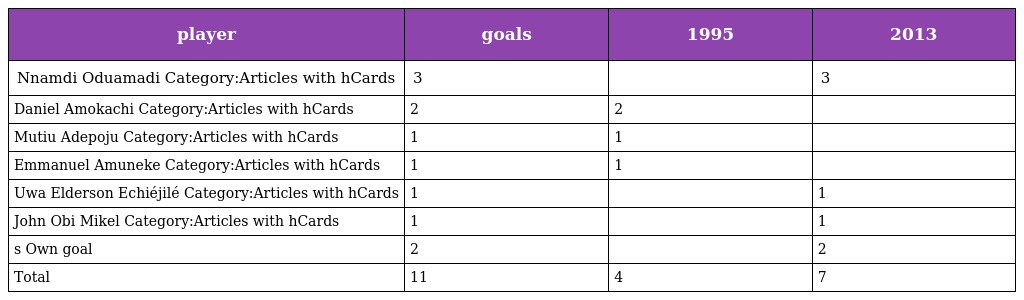
| player | goals | 1995 | 2013 |
 | --- | --- | --- | --- |
 | Nnamdi Oduamadi Category:Articles with hCards | 3 |  | 3 |
 | Daniel Amokachi Category:Articles with hCards | 2 | 2 |  |
 | Mutiu Adepoju Category:Articles with hCards | 1 | 1 |  |
 | Emmanuel Amuneke Category:Articles with hCards | 1 | 1 |  |
 | Uwa Elderson Echiéjilé Category:Articles with hCards | 1 |  | 1 |
 | John Obi Mikel Category:Articles with hCards | 1 |  | 1 |
 | s Own goal | 2 |  | 2 |
 | Total | 11 | 4 | 7 |